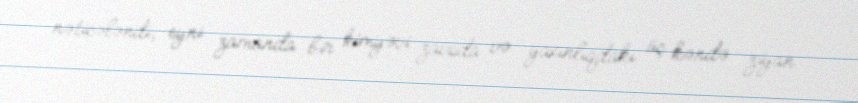
nəticələndi, eyni zamanda bir kimyəvi zavoda və yaxınlıqdakı üç kəndə ziyan